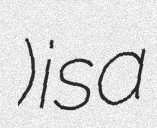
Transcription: Пановский) is a